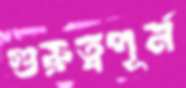
গুরুত্বপূর্ন